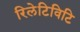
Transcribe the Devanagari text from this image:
रिलेटिविटि